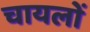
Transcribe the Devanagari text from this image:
चायलों